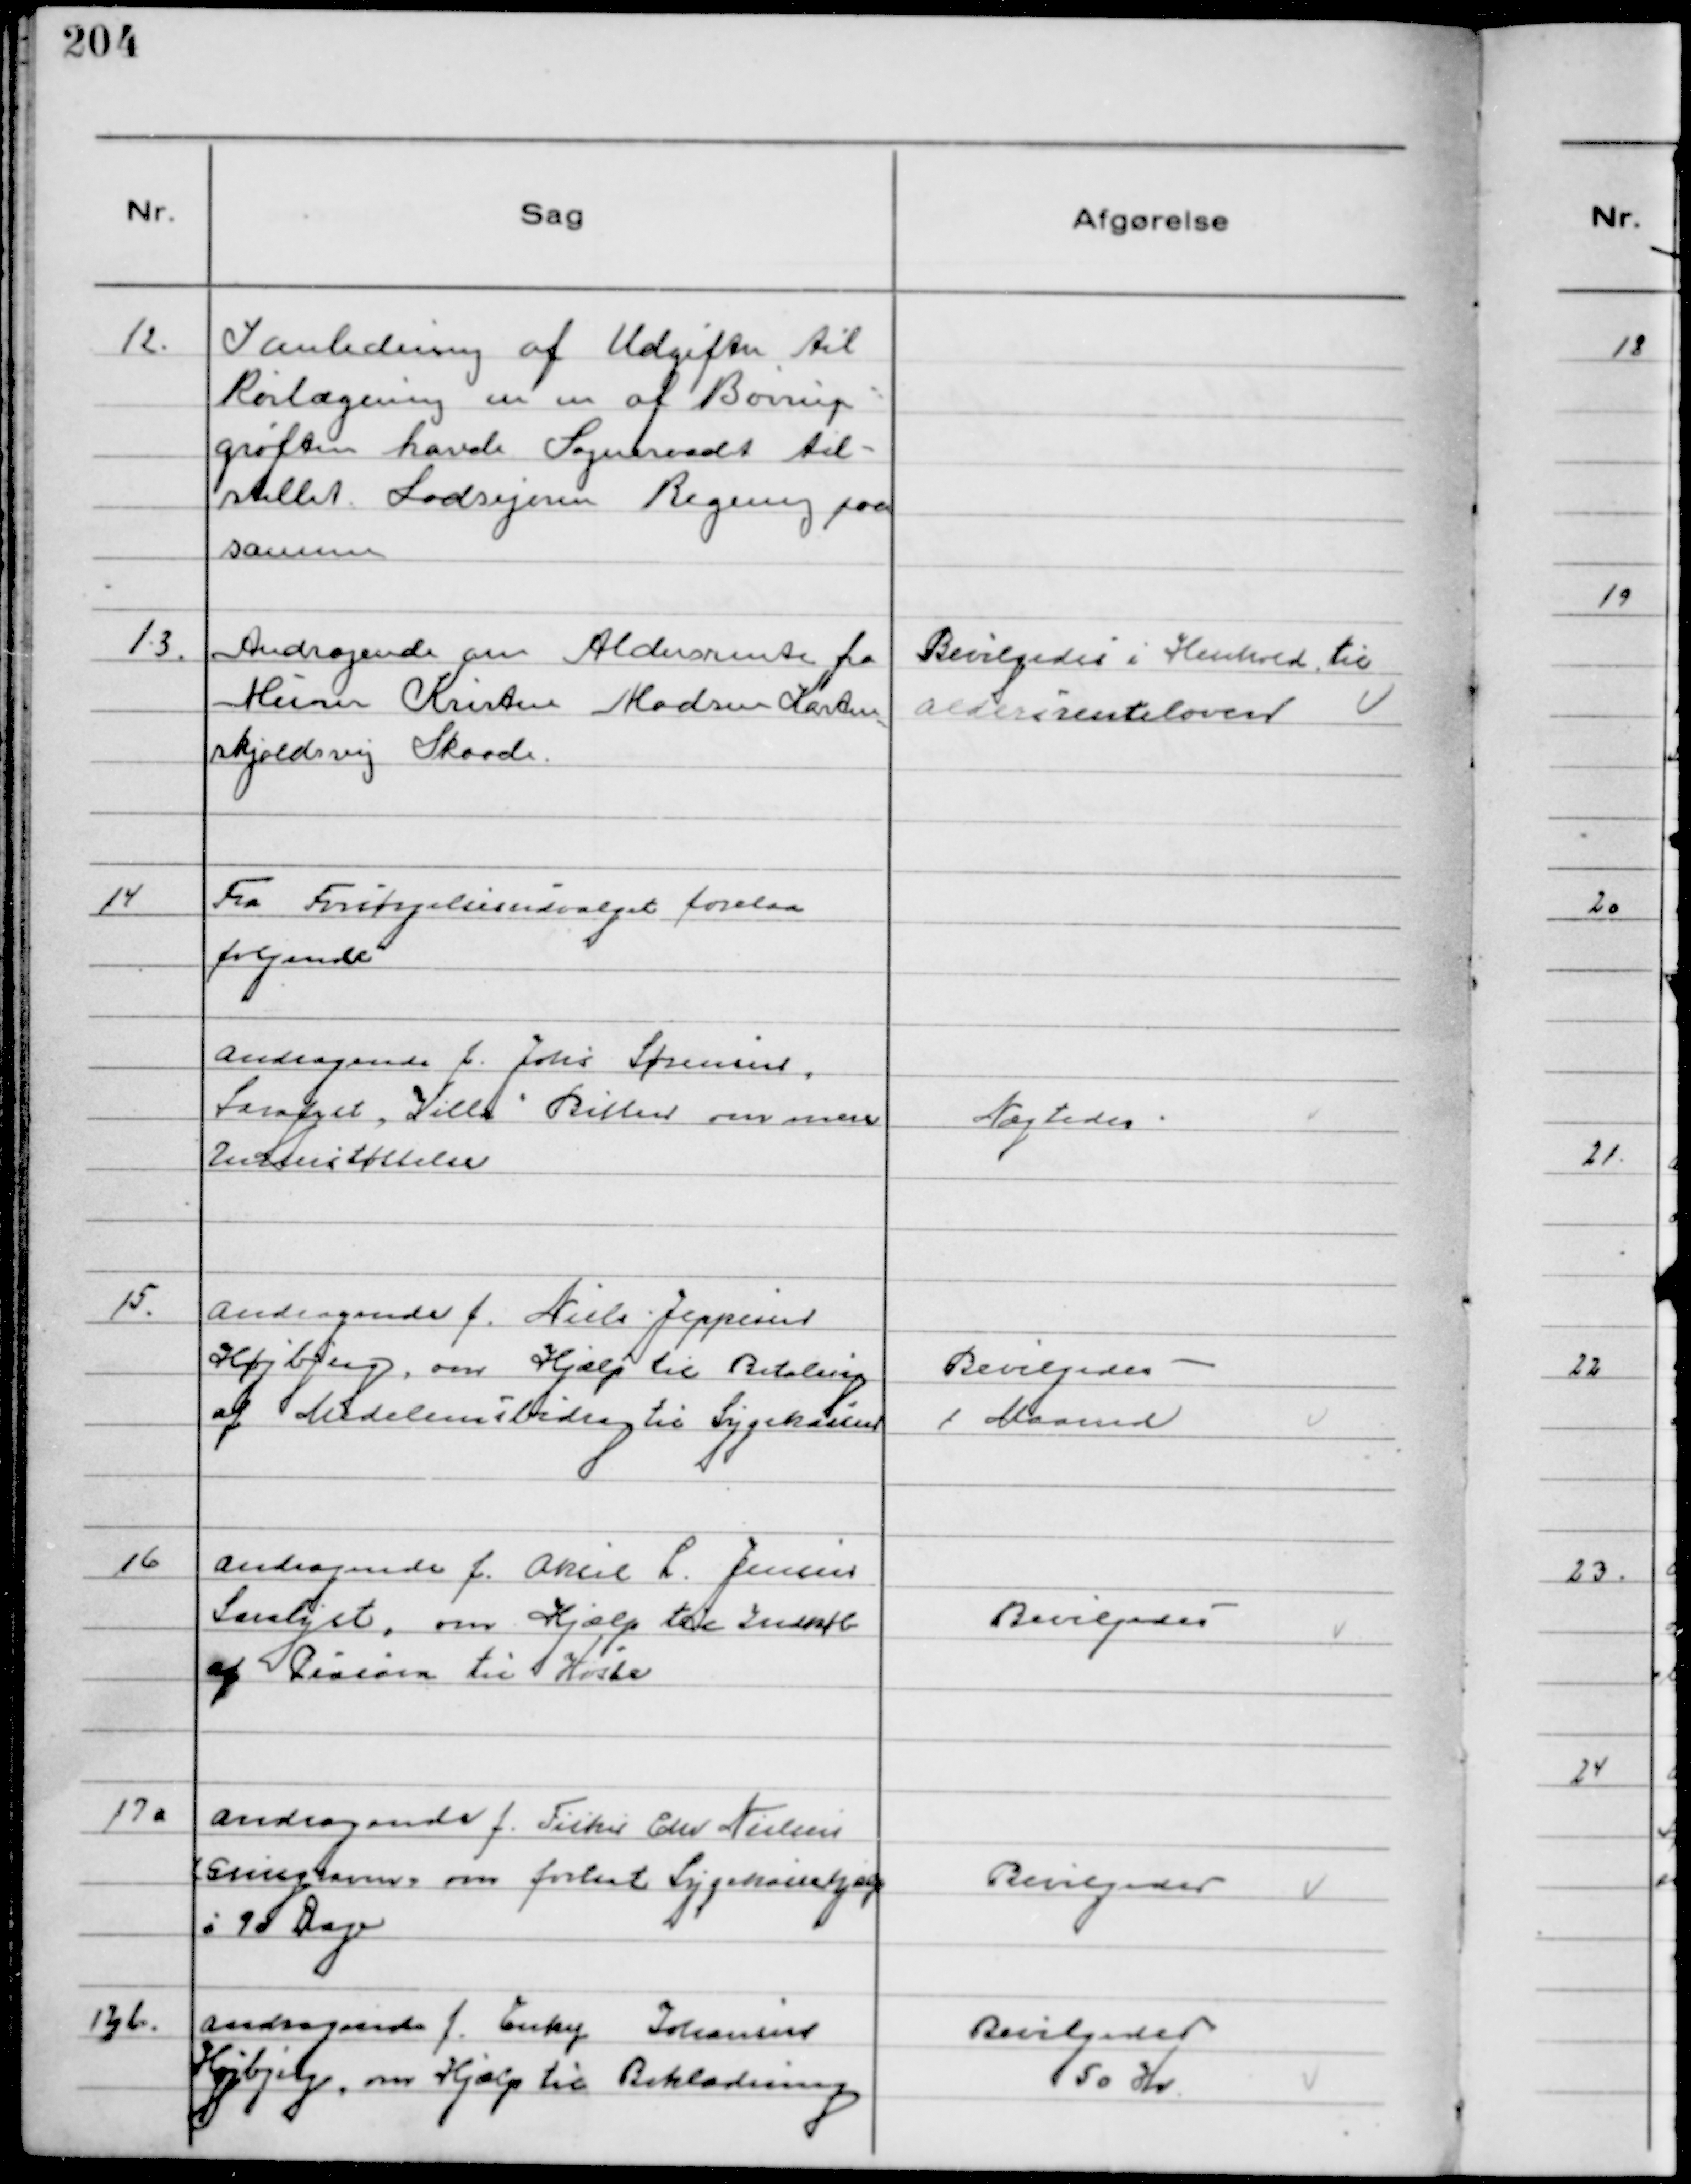
Transskription:
12.
I anledning af Udgifter til
Rørlægning m m  af Børrup=
grøften havde Sogneraadet til-
stillet Lodsejeren Regning paa
samme

13.
Andragende om Aldersrente fra
Murer Kristen Madsen Kasten
=
skjoldsvej Skaade.

Bevilgedes i Henhold til
aldersrenteloven

14
Fra Forsørgelsesudvalget forelaa
følgende
Andragende f. Johs Sørensen,
Saralyst, "Villa" Bitten om mere
Understøttelse

Nægtedes

15.
Andragende f. Niels Jeppesen
Højbjerg, om Hjælp til Betaling
af Medlemsbidrag til Sygekassen

Bevilgedes
1 Maaned

16
Andragende f. Aksel L. Jensen
Saralyst, om Hjælp til Indkøb
af Psotsin til Hoste

Bevilgedes

17a
Andragende f. Fisker Chr Nielsen
(Grusgraven) om fortsat Sygekassehjælp
i 90 Dage

Bevilgedes

17 b
Andragende f. Enkef Johansen
Højbjerg, om Hjælp til Beklædning

Bevilgedes
50 Kr.